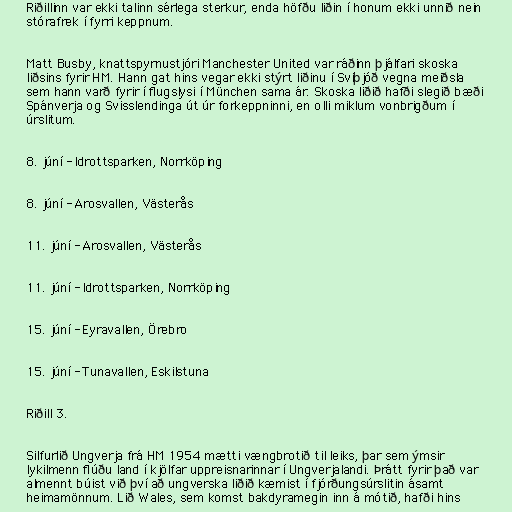
Riðillinn var ekki talinn sérlega sterkur, enda höfðu liðin í honum ekki unnið nein
stórafrek í fyrri keppnum.

Matt Busby, knattspyrnustjóri Manchester United var ráðinn þjálfari skoska
liðsins fyrir HM. Hann gat hins vegar ekki stýrt liðinu í Svíþjóð vegna meiðsla
sem hann varð fyrir í flugslysi í München sama ár. Skoska liðið hafði slegið bæði
Spánverja og Svisslendinga út úr forkeppninni, en olli miklum vonbrigðum í
úrslitum.

8. júní - Idrottsparken, Norrköping

8. júní - Arosvallen, Västerås

11. júní - Arosvallen, Västerås

11. júní - Idrottsparken, Norrköping

15. júní - Eyravallen, Örebro

15. júní - Tunavallen, Eskilstuna

Riðill 3.

Silfurlið Ungverja frá HM 1954 mætti vængbrotið til leiks, þar sem ýmsir
lykilmenn flúðu land í kjölfar uppreisnarinnar í Ungverjalandi. Þrátt fyrir það var
almennt búist við því að ungverska liðið kæmist í fjórðungsúrslitin ásamt
heimamönnum. Lið Wales, sem komst bakdyramegin inn á mótið, hafði hins